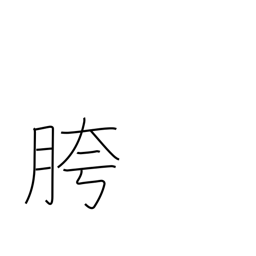
Meaning: crotch